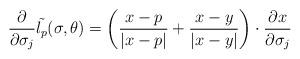
LaTeX: \begin{align*}\displaystyle\frac{\partial}{\partial\sigma_j}\tilde{l_p}(\sigma,\theta)=\left(\frac{x-p}{\vert x-p\vert}+\frac{x-y}{\vert x-y\vert}\right)\cdot\frac{\partial x}{\partial\sigma_j}\end{align*}